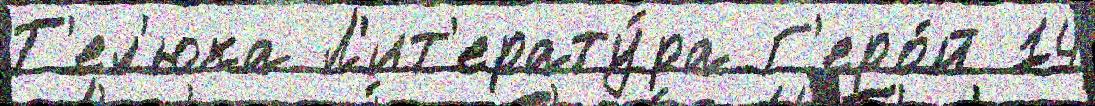
Т'ел'юка Л'ит'ерату́ра Г'еро́й 14